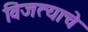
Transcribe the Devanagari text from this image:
विजत्याचे